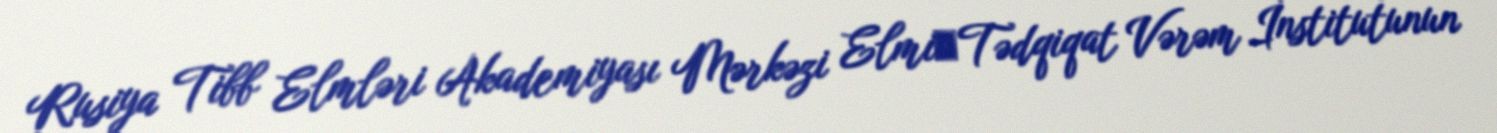
Rusiya Tibb Elmləri Akademiyası Mərkəzi Elmi‑Tədqiqat Vərəm İnstitutunun